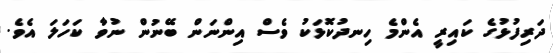
ދަރިފުޅުގެ ކައިރީ އެންމެ ހިނދުކޮޅަކު ވެސް އިންނަން ބޭނުން ނުވާ ކަހަލަ އެވެ.